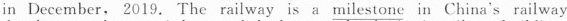
in December, 2019. The railway is a \underline{milestone} in China's railway